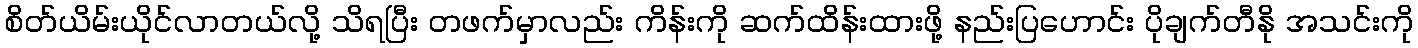
စိတ်ယိမ်းယိုင်လာတယ်လို့ သိရပြီး တဖက်မှာလည်း ကိန်းကို ဆက်ထိန်းထားဖို့ နည်းပြဟောင်း ပိုချက်တီနို အသင်းကို